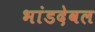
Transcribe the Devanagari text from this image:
भांडदेवल